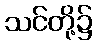
သင်တို့၌